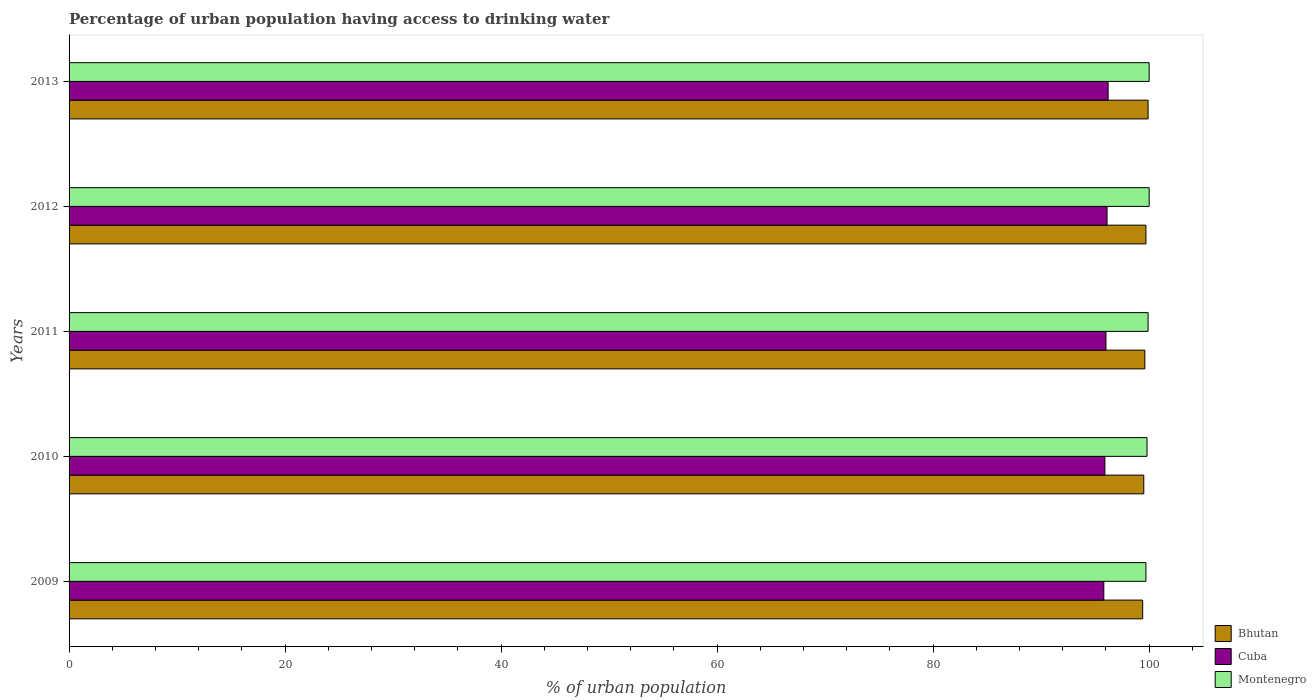
| Years | Bhutan | Cuba | Montenegro |
 | --- | --- | --- | --- |
 | 2009 | 99.4 | 95.8 | 99.7 |
 | 2010 | 99.5 | 95.9 | 99.8 |
 | 2011 | 99.6 | 96 | 99.9 |
 | 2012 | 99.7 | 96.1 | 100 |
 | 2013 | 99.9 | 96.2 | 100 |